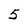
Character: 5